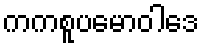
ကကစူပမောဝါဒေ